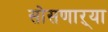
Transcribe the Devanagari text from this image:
सोसणाऱ्या